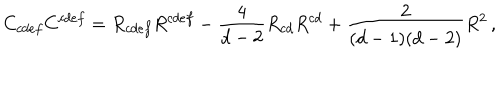
LaTeX: C _ { c d e f } C ^ { c d e f } = R _ { c d e f } R ^ { c d e f } - { \frac { 4 } { d - 2 } } R _ { c d } R ^ { c d } + { \frac { 2 } { ( d - 1 ) ( d - 2 ) } } R ^ { 2 } \, ,